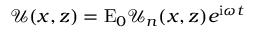
\mathcal { U } ( x , z ) = \mathrm { E } _ { 0 } \mathcal { U } _ { n } ( x , z ) e ^ { \mathrm { i } \omega t }